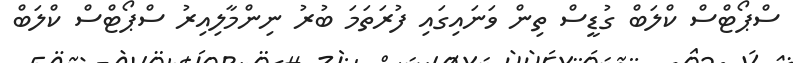
ސްޕޯޓްސް ކްލަބް ގުޑީސް ތިން ވަނައިގައި ފުރަތަމަ ބުރު ނިންމާލިއިރު ސްޕޯޓްސް ކްލަބް